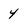
Character: 4